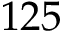
1 2 5